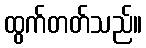
ထွက်တတ်သည်။